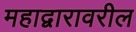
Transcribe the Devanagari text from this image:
महाद्वारावरील